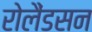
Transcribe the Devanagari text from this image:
रोलैंडसन